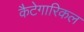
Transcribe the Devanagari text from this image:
कैटेगारिकल